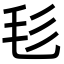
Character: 毝